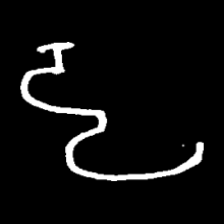
Pyu character \u2014 Myanmar letter: ဠ (romanized: lla)